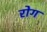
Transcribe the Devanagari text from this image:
रोग